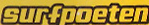
surfpoeten